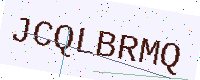
Text: JCQLBRMQ